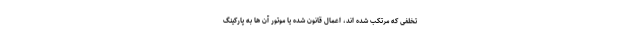
تخلفی که مرتکب شده اند، اعمال قانون شده یا موتور آن ها به پارکینگ